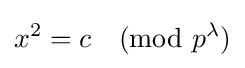
x^{2}=c{\pmod {p^{\lambda }}}